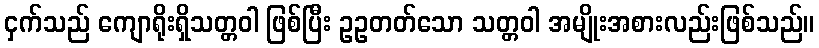
ငှက်သည် ကျောရိုးရှိသတ္တဝါ ဖြစ်ပြီး ဥဥတတ်သော သတ္တဝါ အမျိုးအစားလည်းဖြစ်သည်။